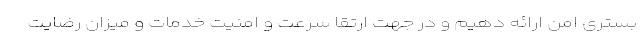
بستری امن ارائه دهیم و در جهت ارتقا سرعت و امنیت خدمات و میزان رضایت